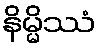
နိမ္မိဿံ